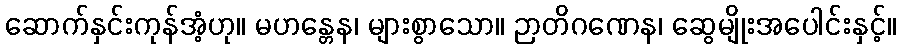
ဆောက်နှင်းကုန်အံ့ဟု။ မဟန္တေန၊ များစွာသော။ ဉာတိဂဏေန၊ ဆွေမျိုးအပေါင်းနှင့်။